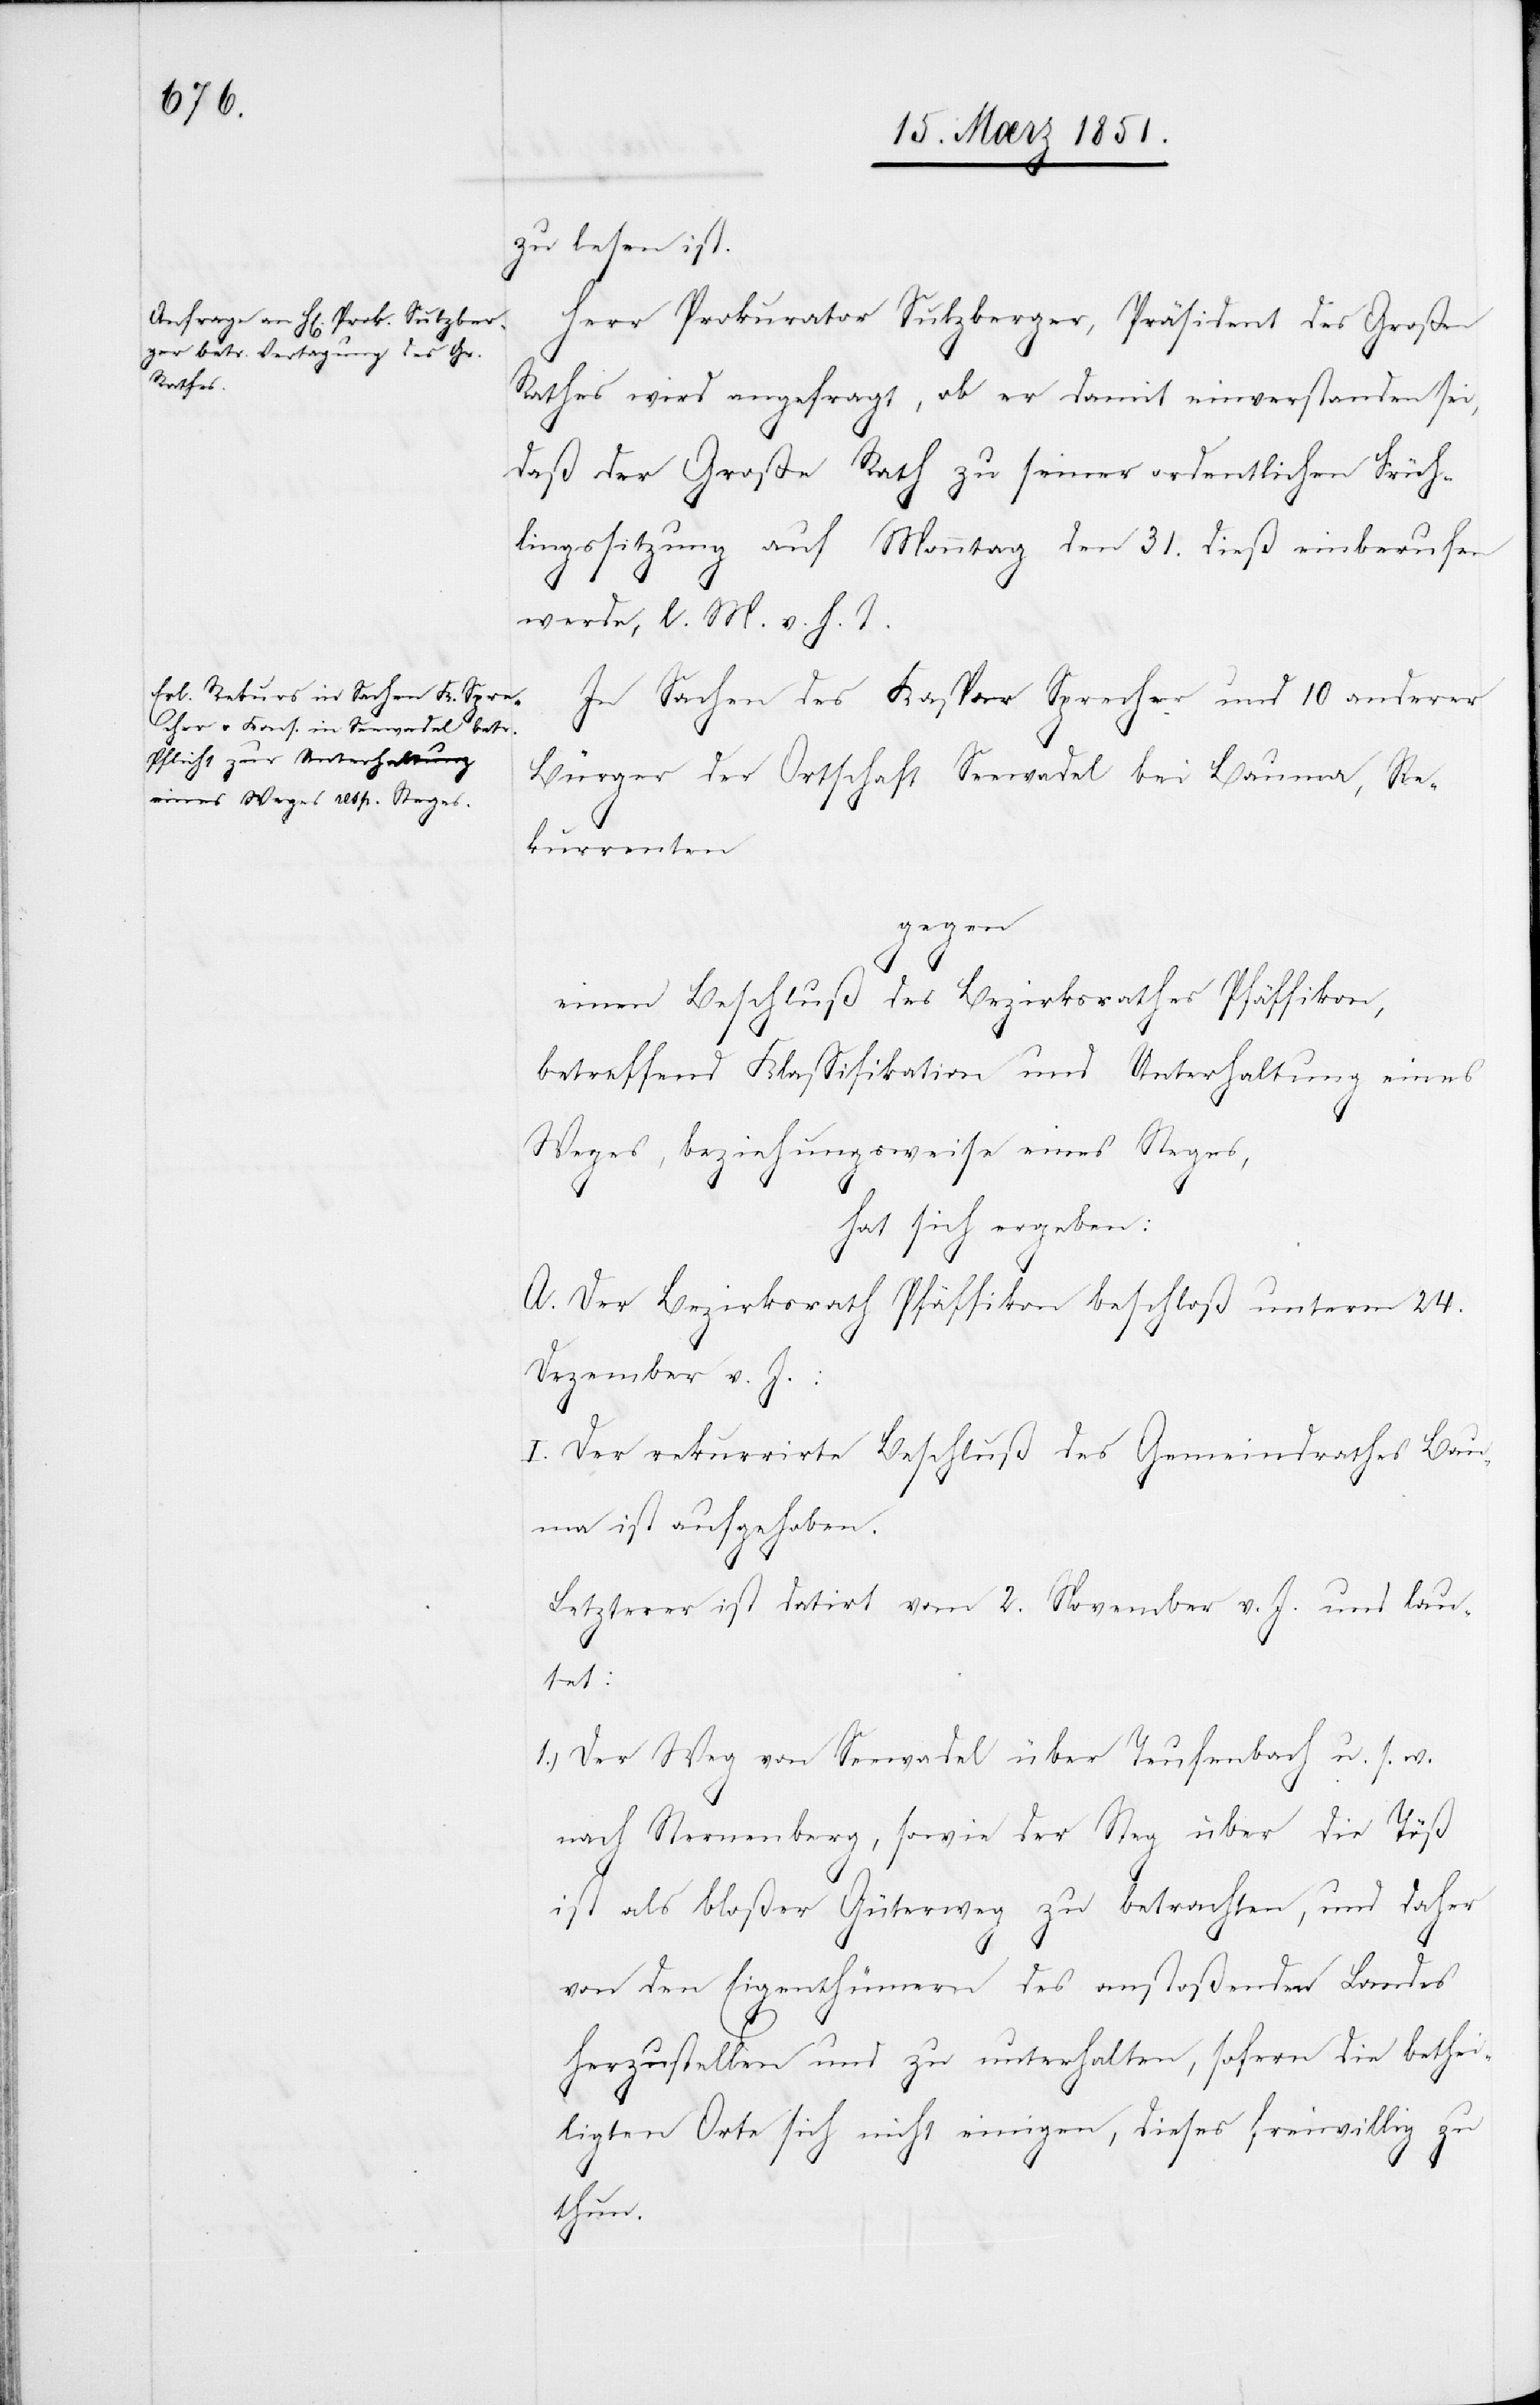
zu lesen ist.
Herr Prokurator Sulzberger, Präsident des Großen
Rathes wird angefragt, ob er damit einverstanden sei,
daß der Große Rath zu seiner ordentlichen Früh¬
lingssitzung auf Monntag [sic!] den 31. dieß einberufen
werde, l. M. v. h. T.
In Sachen des Kaspar Sprecher und 10 anderer
Bürger der Ortschaft Seewadel bei Bauma, Re¬
kurrenten
gegen
einen Beschluß des Bezirksrathes Pfäffikon,
betreffend Klassifikation und Unterhaltung eines
Weges, beziehungsweise eines Steges,
hat sich ergeben:
A. Der Bezirksrath Pfäffikon beschloß unterm 24.
Dezember v. J.:
I. Der rekurrirte Beschluß des Gemeindrathes Ba¬
uma ist aufgehoben.
Letzterer ist datirt vom 2. November v. J. und lau¬
tet:
Der Weg von Seewadel über Teufenbach u. s. w.
nach Sternenberg, sowie der Steg über die Töß
ist als bloßer Güterweg zu betrachten, und daher
von den Eigenthümern des anstoßenden Landes
herzustellen und zu unterhalten, sofern die bethei¬
ligten Orte sich nicht einigen, dieses freiwillig zu
thun.